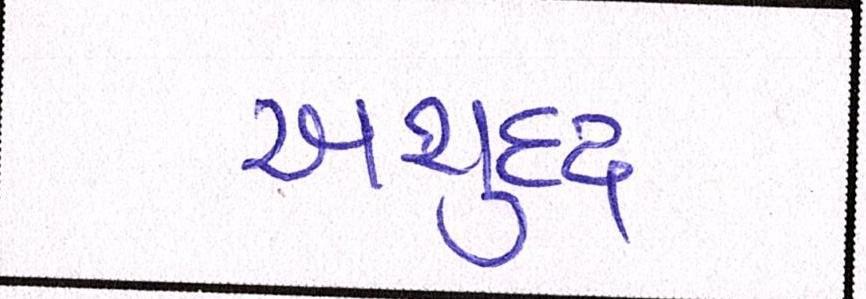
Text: અશુદ્ધ